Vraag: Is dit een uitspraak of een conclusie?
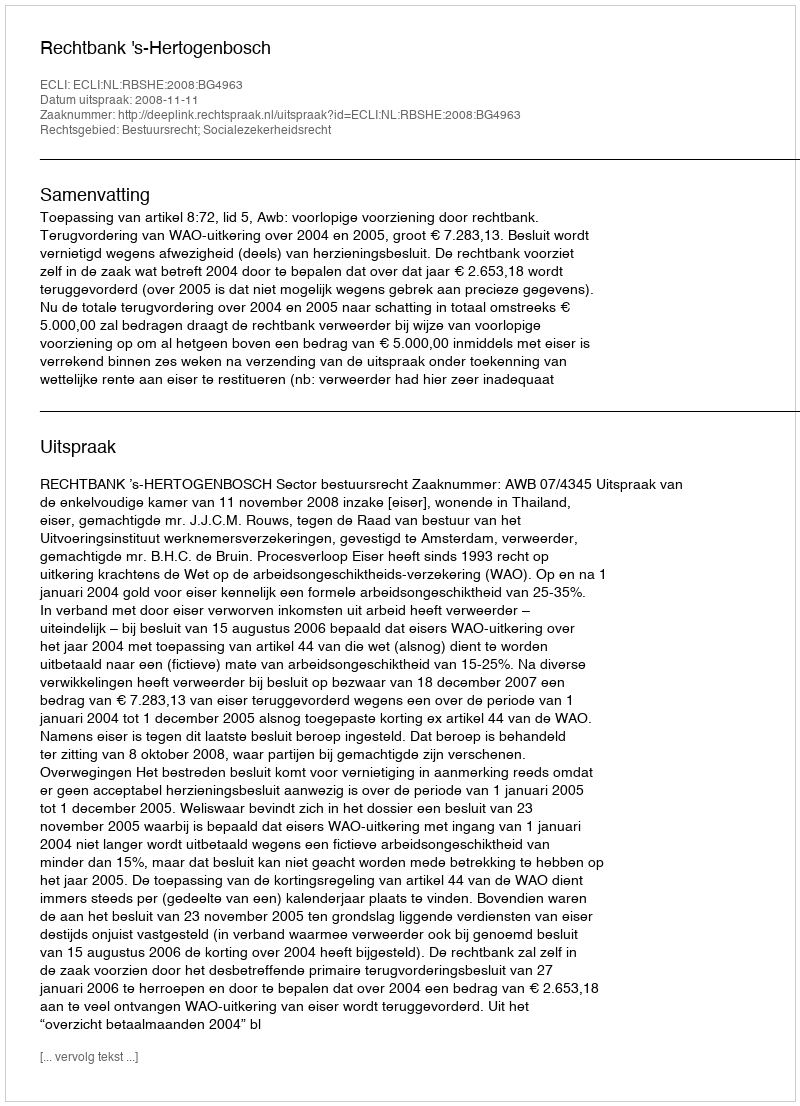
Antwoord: Uitspraak